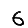
Digit: 6